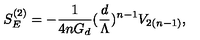
S _ { E } ^ { ( 2 ) } = - \frac { 1 } { 4 n G _ { d } } ( \frac { d } { \Lambda } ) ^ { n - 1 } V _ { 2 ( n - 1 ) } ,